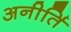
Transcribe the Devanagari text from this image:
अनीर्ति